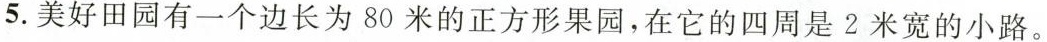
5.美好田园有一个边长为80米的正方形果园，在它的四周是2米宽的小路。